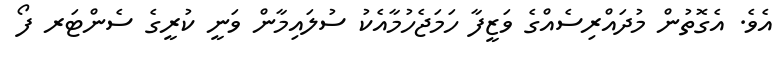
އެވެ. އެގޮތުން މުދައްރިސެއްގެ ވަޒީފާ ހަމަޖެހުމާއެކު ސުލައިމާން ވަނީ ކުރީގެ ސެންޓަރ ފޯ